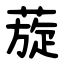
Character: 蔙